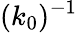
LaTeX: (k_{0})^{-1}